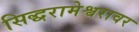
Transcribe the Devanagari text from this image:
सिद्धरामेश्वरावर